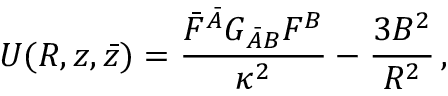
{ \cal U } ( R , z , \bar { z } ) = \frac { \bar { F } ^ { \bar { A } } G _ { \bar { A } B } F ^ { B } } { \kappa ^ { 2 } } - \frac { 3 B ^ { 2 } } { R ^ { 2 } } \, ,